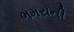
ભમરાની